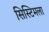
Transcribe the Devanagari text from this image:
सिस्टिमला